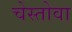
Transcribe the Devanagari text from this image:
चेस्तोवा